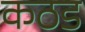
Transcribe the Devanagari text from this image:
कठड